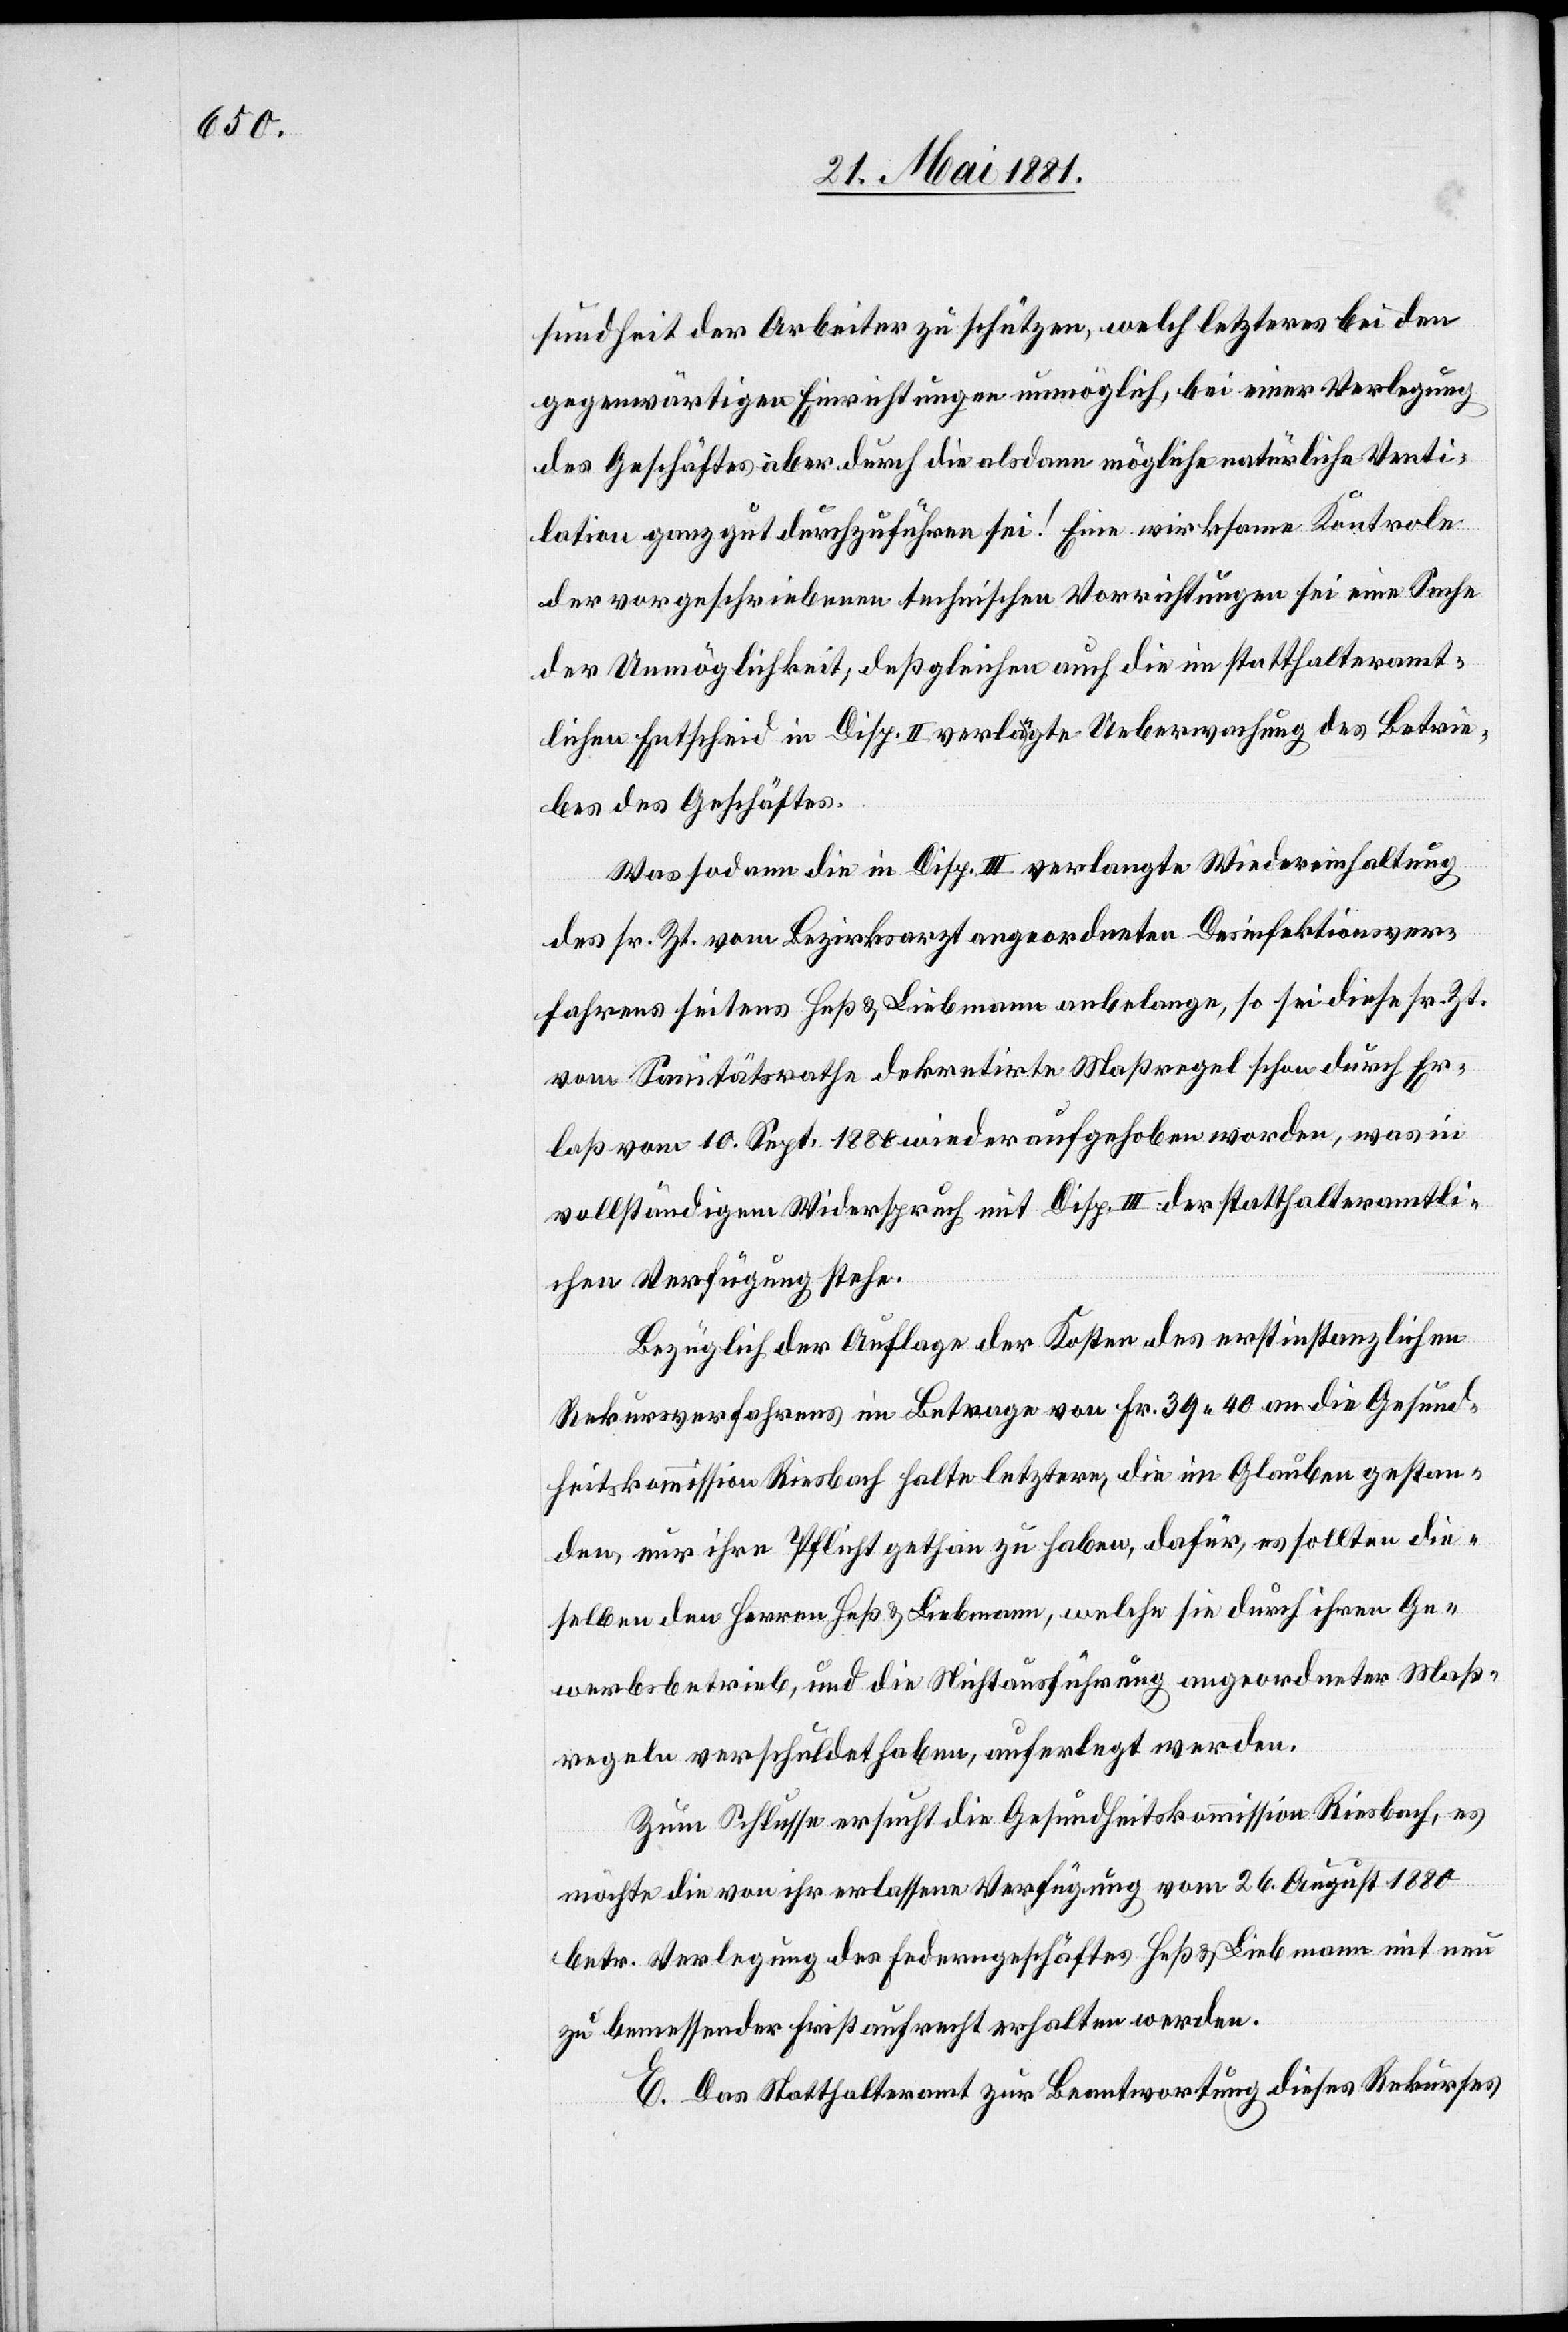
sundheit der Arbeiter zu schützen, welch letzteres bei den
gegenwärtigen Einrichtungen unmöglich, bei einer Verlegung
des Geschäftes aber durch die alsdann mögliche natürliche Venti¬
lation ganz gut durchzuführen sei! Eine wirksame Kontrole
der vorgeschriebenen technischen Vorrichtungen sei eine Sache
der Unmöglichkeit; deßgleichen auch die im statthalteramt¬
lichen Entscheid in Disp. II verlangte Ueberwachung des Betrie¬
bes des Geschäftes.
Was sodann die in Disp. III verlangte Wiedereinhaltung
des sr. Zt. vom Bezirksarzt angeordneten Desinfektionver¬
fahrens seitens Heß & Liebmann anbelange, so sei diese sr. Zt.
vom Sanitätsrath dekretirte Maßregel schon durch Er¬
laß vom 10. Sept. 1880 wieder aufgehoben worden, was in
vollständigem Widerspruch mit Disp. III der statthalteramtli¬
chen Verfügung stehe.
Bezüglich der Auflage der Kosten des erstinstanzlichen
Rekursverfahrens im Betrage von Fr. 39. 40 an die Gesund¬
heitskommission Riesbach halte letztere, die im Glaube gestan¬
den, nur ihre Pflicht gethan zu haben, dafür, es sollten die
selben den Herren Heß & Liebmann, welche sie durch ihren Ge¬
werbsbetrieb, und die Nichtausführung angeordneter Maß¬
regeln verschuldet haben, auferlegt werden.
Zum Schlusse ersucht die Gesundheitskommission Riesbach, es
möchte die von ihr erlassene Verfügung vom 26. August 1880
betr. Verlegung des Federngeschäftes Heß & Liebmann mit neu
zu bemessender Frist aufrecht erhalten werden.
E. Das Statthalteramt zur Beantwortung dieses Rekurses